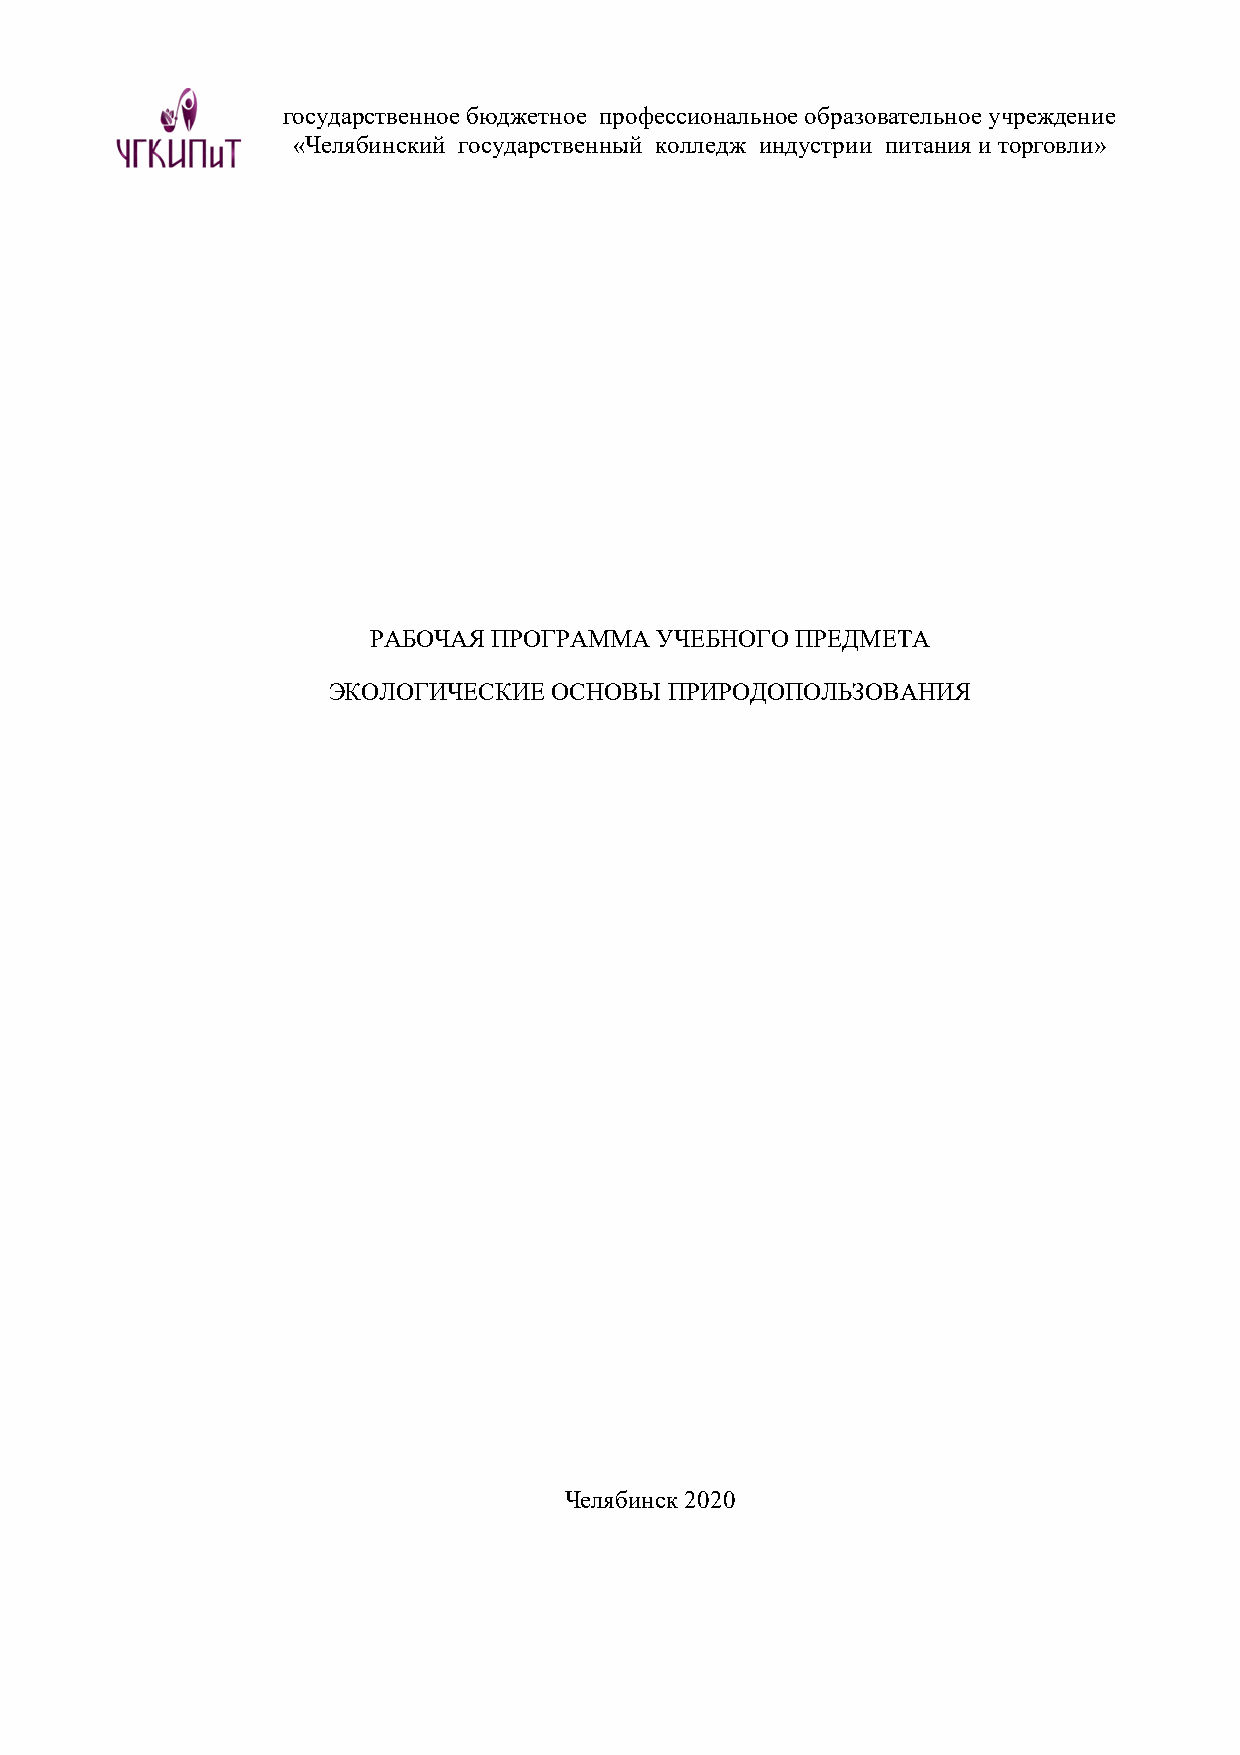
государственное бюджетное профессиональное образовательное учреждение
 «Челябинский государственный колледж индустрии питания и торговли»
 РАБОЧАЯ  ПРОГРАММА УЧЕБНОГО  ПРЕДМЕТА
 ЭКОЛОГИЧЕСКИЕ  ОСНОВЫ ПРИРОДОПОЛЬЗОВАНИЯ
 Челябинск 2020